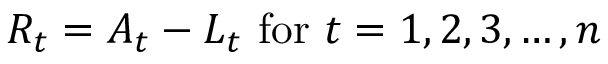
R _ { t } = A _ { t } - L _ { t } { \mathrm { ~ f o r ~ } } t = 1 , 2 , 3 , \ldots , n